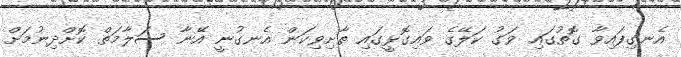
އެނގިފައިވާ ގޮތުގައި ވަގު ކަލޭގެ ވައިގޮޅީގައި ތާށިވިކަން އެނގުނީ އޭނާ ސަލާމަތް ކޮށްދިނުމަށް